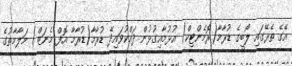
އޭގެ ތެރޭގައި ލޯބީގެ ޑުރާމާ(ރޮމެންޓިކް) އުޅުމާއިގުޅުން ދައްކުވައިދޭ ޑުރާމާ(ޑުރާމާ އޮފް މެނަޒް) މަލާމާތުގެ